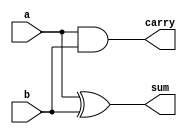
module halfadder(a,b,sum,carry);
  input a,b;
  output sum, carry;
  wire sum, carry;

  assign sum = a ^ b;
  assign carry = a & b;
endmodule